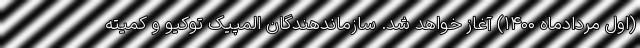
(اول مردادماه ۱۴۰۰) آغاز خواهد شد. سازماندهندگان المپیک توکیو و کمیته